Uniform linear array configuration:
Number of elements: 16
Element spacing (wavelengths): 1
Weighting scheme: cosine
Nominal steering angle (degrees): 15
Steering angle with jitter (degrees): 13.4
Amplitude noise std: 0.05
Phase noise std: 0.05

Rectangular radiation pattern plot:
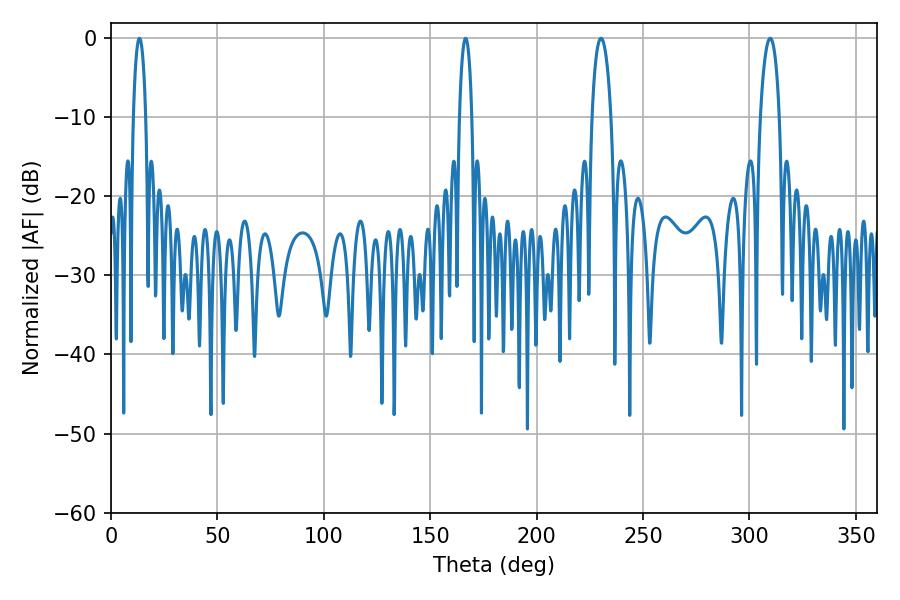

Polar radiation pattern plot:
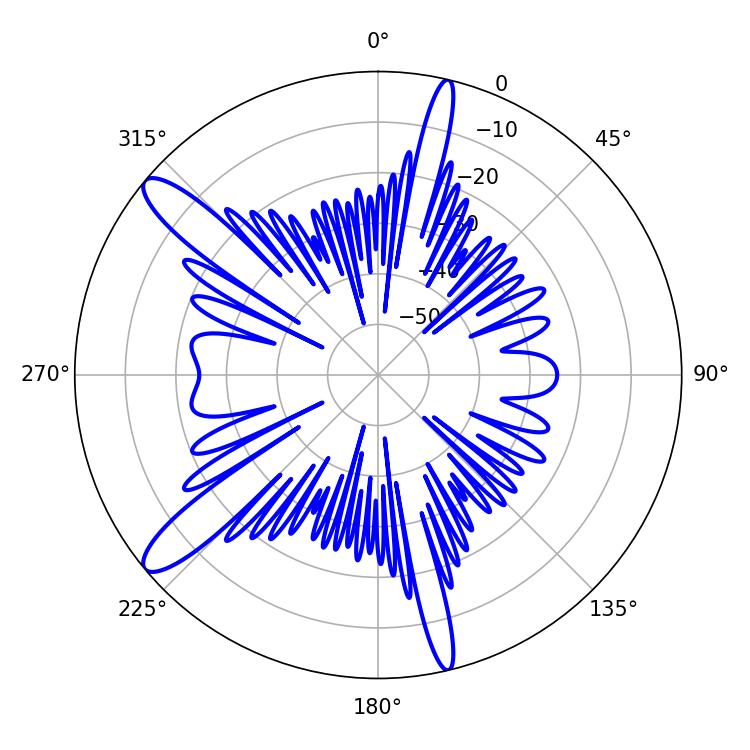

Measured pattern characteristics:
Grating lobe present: TRUE
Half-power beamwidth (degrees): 5.22
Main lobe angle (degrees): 230.22